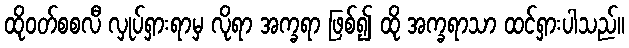
ထိုဝတ်စစလီ လှုပ်ရှားရာမှ လိုရာ အက္ခရာ ဖြစ်၍ ထို အက္ခရာသာ ထင်ရှားပါသည်။